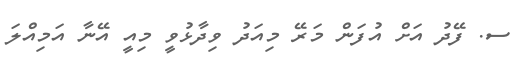
ސ. ފޭދު އަށް އުފަން މަރޭ މިއަދު ވިދާޅުވީ މިއީ އޭނާ އަމިއްލަ